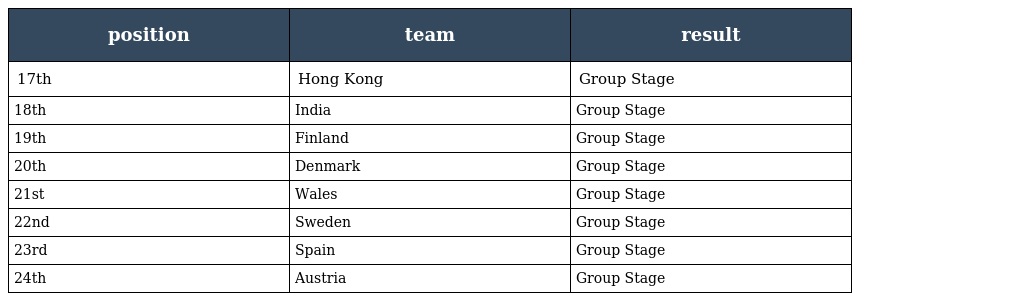
| position | team | result |
 | --- | --- | --- |
 | 17th | Hong Kong | Group Stage |
 | 18th | India | Group Stage |
 | 19th | Finland | Group Stage |
 | 20th | Denmark | Group Stage |
 | 21st | Wales | Group Stage |
 | 22nd | Sweden | Group Stage |
 | 23rd | Spain | Group Stage |
 | 24th | Austria | Group Stage |